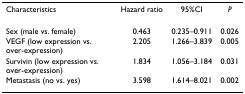
<table><thead><tr><td><b>Characteristics</b></td><td><b>Hazard ratio</b></td><td><b>95%CI</b></td><td><b><i>P</i></b></td></tr></thead><tbody><tr><td>Sex (male vs. female)</td><td>0.463</td><td>0.235–0.911</td><td>0.026</td></tr><tr><td>VEGF (low expression vs. over-expression)</td><td>2.205</td><td>1.266–3.839</td><td>0.005</td></tr><tr><td>Survivin (low expression vs. over-expression)</td><td>1.834</td><td>1.056–3.184</td><td>0.031</td></tr><tr><td>Metastasis (no vs. yes)</td><td>3.598</td><td>1.614–8.021</td><td>0.002</td></tr></tbody></table>